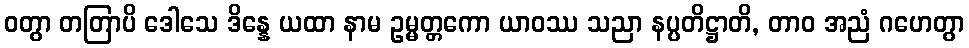
ဝတွာ တတြာပိ ဒေါသေ ဒိန္နေ ယထာ နာမ ဥမ္မတ္တကော ယာဝဿ သညာ နပ္ပတိဋ္ဌာတိ, တာဝ အညံ ဂဟေတွာ